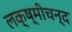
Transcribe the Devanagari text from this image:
लक्ष्मीचन्द